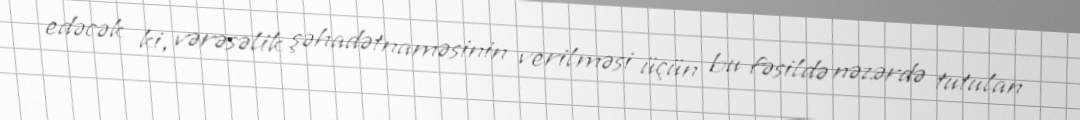
edəcək ki, vərəsəlik şəhadətnaməsinin verilməsi üçün bu fəsildə nəzərdə tutulan